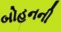
બોહનની